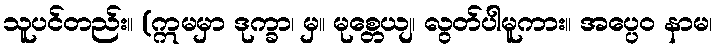
သူပင်တည်း။ (ဣမမှာ ဒုက္ခာ၊ မှ။ မုစ္တေယျ၊ လွတ်ပါမူကား။ အပ္ပေဝ နာမ၊